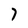
Character: 7